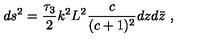
d s ^ { 2 } = { \frac { \tau _ { 3 } } { 2 } } k ^ { 2 } L ^ { 2 } { \frac { c } { ( c + 1 ) ^ { 2 } } } d z d \bar { z } \ ,